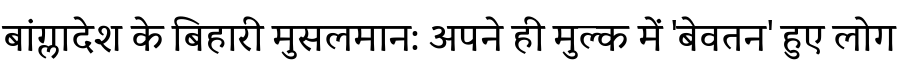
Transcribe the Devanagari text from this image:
बांग्लादेश के बिहारी मुसलमान: अपने ही मुल्क में 'बेवतन' हुए लोग